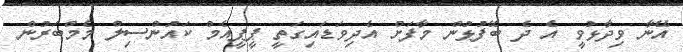
އޭނާ ވިދާޅުވީ އެ ދެ ބޭފުޅުން މާފަށް އެދިވަޑައިގަތީ ޕީޕީއެމް ކައުންސިލް މެމްބަރުން